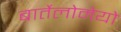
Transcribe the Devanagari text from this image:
बार्तेलोमेयो